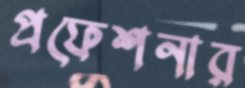
প্রফেশনার